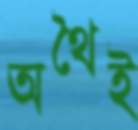
অথৈই